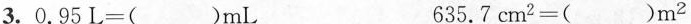
3.$$0 . 9 5 L = ( ) m L$$ $$6 3 5 . 7 c m ^ { 2 } = ( ) m ^ { 2 }$$